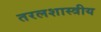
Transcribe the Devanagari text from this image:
तरलशास्त्रीय